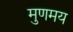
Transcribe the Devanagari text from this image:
मुणमय